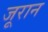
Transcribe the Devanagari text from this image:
जूरान